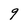
Character: 9